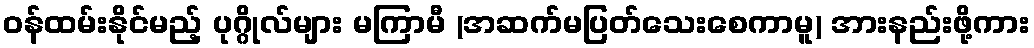
ဝန်ထမ်းနိုင်မည့် ပုဂ္ဂိုလ်များ မကြာမီ (အဆက်မပြတ်သေးစေကာမူ) အားနည်းဖို့ကား